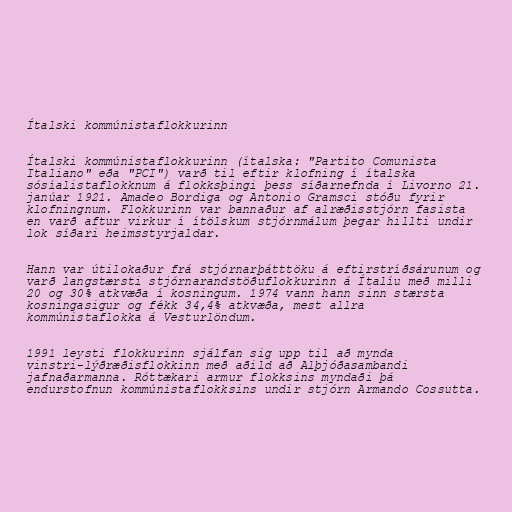
Ítalski kommúnistaflokkurinn

Ítalski kommúnistaflokkurinn (ítalska: "Partito Comunista
Italiano" eða "PCI") varð til eftir klofning í ítalska
sósíalistaflokknum á flokksþingi þess síðarnefnda í Livorno 21.
janúar 1921. Amadeo Bordiga og Antonio Gramsci stóðu fyrir
klofningnum. Flokkurinn var bannaður af alræðisstjórn fasista
en varð aftur virkur í ítölskum stjórnmálum þegar hillti undir
lok síðari heimsstyrjaldar.

Hann var útilokaður frá stjórnarþátttöku á eftirstríðsárunum og
varð langstærsti stjórnarandstöðuflokkurinn á Ítalíu með milli
20 og 30% atkvæða í kosningum. 1974 vann hann sinn stærsta
kosningasigur og fékk 34,4% atkvæða, mest allra
kommúnistaflokka á Vesturlöndum.

1991 leysti flokkurinn sjálfan sig upp til að mynda
vinstri-lýðræðisflokkinn með aðild að Alþjóðasambandi
jafnaðarmanna. Róttækari armur flokksins myndaði þá
endurstofnun kommúnistaflokksins undir stjórn Armando Cossutta.